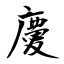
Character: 慶